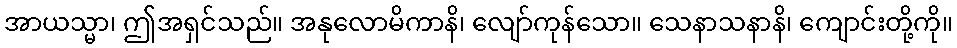
အာယသ္မာ၊ ဤအရှင်သည်။ အနုလောမိကာနိ၊ လျော်ကုန်သော။ သေနာသနာနိ၊ ကျောင်းတို့ကို။